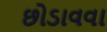
છોડાવવા